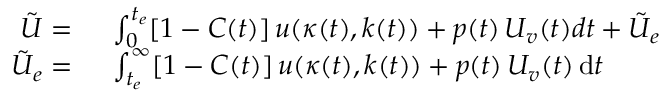
\begin{array} { r l } { \tilde { U } = } & { { } \ \int _ { 0 } ^ { t _ { e } } [ 1 - C ( t ) ] \, u ( \kappa ( t ) , k ( t ) ) + p ( t ) \, U _ { v } ( t ) d t + \tilde { U } _ { e } } \\ { \tilde { U } _ { e } = } & { { } \ \int _ { t _ { e } } ^ { \infty } [ 1 - C ( t ) ] \, u ( \kappa ( t ) , k ( t ) ) + p ( t ) \, U _ { v } ( t ) \, \mathrm { d } t } \end{array}